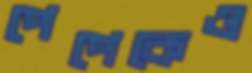
পেপেকেও